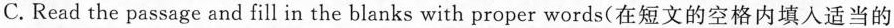
C.Read the passage and fill in the blanks with proper words(在短文的空格内填入适当的